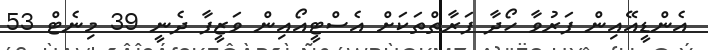
އެންޑީއޭއިން ފަރުވާ ހޯދާ ފަރާތްތަކަށް އެސްޓީއޯއިން ވަޒީފާ ދެނީ 39 މިނެޓް 53